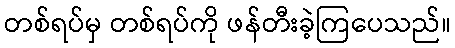
တစ်ရပ်မှ တစ်ရပ်ကို ဖန်တီးခဲ့ကြပေသည်။